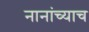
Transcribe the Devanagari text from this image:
नानांच्याच